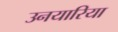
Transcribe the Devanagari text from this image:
उनयारिया